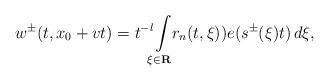
LaTeX: \begin{align*} w ^ \pm ( t , x _ 0 + v t ) = t ^ { - l } \! \! \int \limits _ { \xi \in \mathbf R } \! \! r _ n ( t , \xi ) ) e ( s ^ \pm ( \xi ) t ) \, d \xi ,\end{align*}